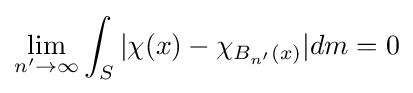
\lim _{n'\to \infty }\int _{S}|\chi (x)-\chi _{B_{n'}(x)}|dm=0